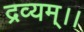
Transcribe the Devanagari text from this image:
द्रव्यम्।।